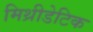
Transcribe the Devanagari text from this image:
मिथ्रीडेटिक